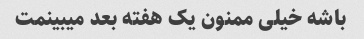
باشه خیلی ممنون یک هفته بعد میبینمت